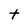
Character: t